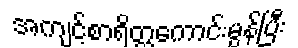
အကျင့်စာရိတ္တကောင်းမွန်ပြီး